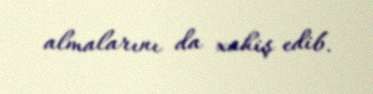
almalarını da xahiş edib.